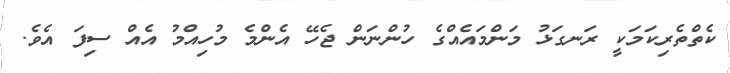
ކެތްތެރިކަމަކީ ރަނގަޅު މަންމައެއްގެ ހުންނަން ޖެހޭ އެންމެ މުހިއްމު އެއް ސިފަ އެވެ.